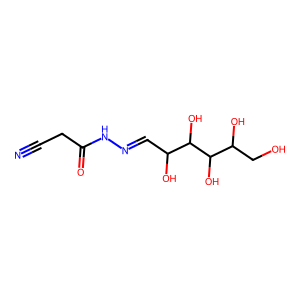
SMILES: N#CCC(=O)NN=CC(O)C(O)C(O)C(O)CO
Inhibits HIV replication: No